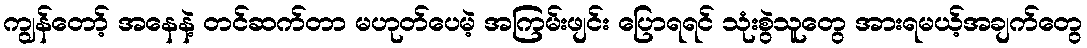
ကျွန်တော့် အနေနဲ့ တင်ဆက်တာ မဟုတ်ပေမဲ့ အကြမ်းဖျင်း ပြောရရင် သုံးစွဲသူတွေ အားရမယ့်အချက်တွေ